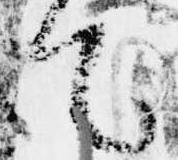
て